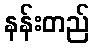
နန်းတည်